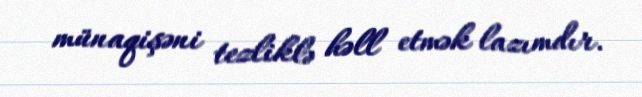
münaqişəni tezliklə həll etmək lazımdır.